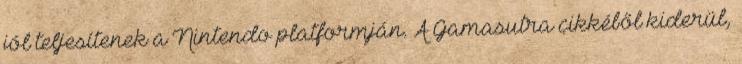
jól teljesítenek a Nintendo platformján. A Gamasutra cikkéből kiderül,